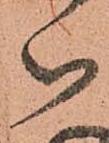
御